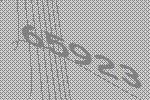
65923